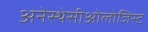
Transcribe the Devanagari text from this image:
अनेस्थेसीओलोजिस्ट